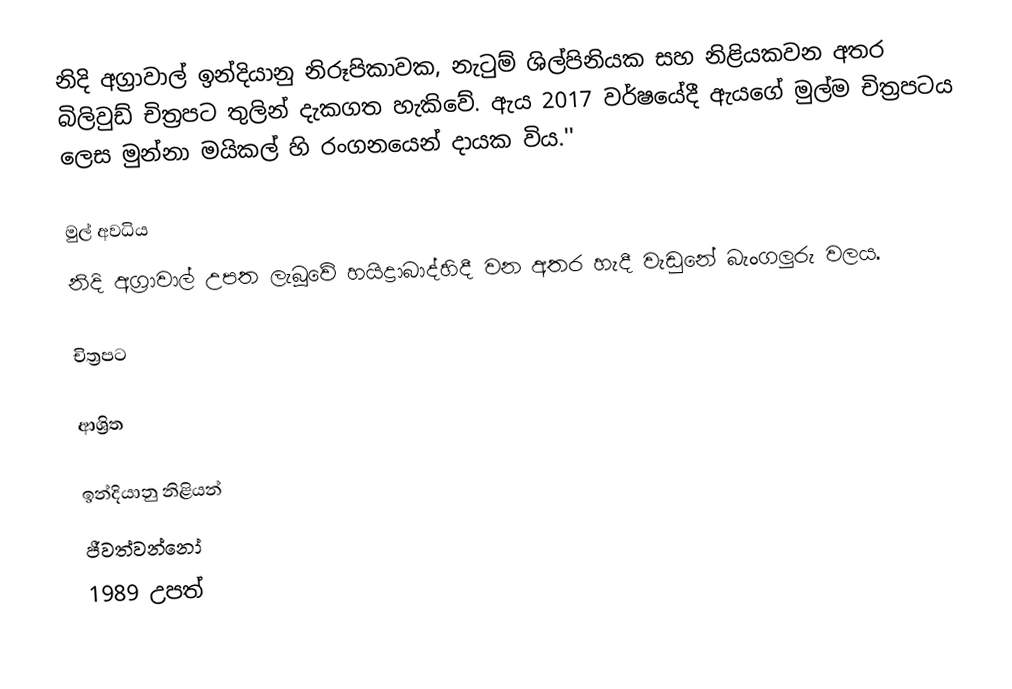
නිදි අග්‍රාවාල් ඉන්දියානු නිරූපිකාවක, නැටුම් ශිල්පිනියක සහ නිළියකවන අතර බිලිවුඩ් චිත්‍රපට තුලින් දැකගත හැකිවේ. ඇය 2017 වර්ෂයේදී ඇයගේ මුල්ම චිත්‍රපටය ලෙස මුන්නා මයිකල් හි රංගනයෙන් දායක විය.''

මුල් අවධිය
නිදි අග්‍රාවාල් උපත ලැබූවේ හයිද්‍රාබාද්හිදී වන අතර හැදී වැඩුනේ බැංගලුරු වලය.

චිත්‍රපට

ආශ්‍රිත

ඉන්දියානු නිළියන්
ජීවත්වන්නෝ
1989 උපත්